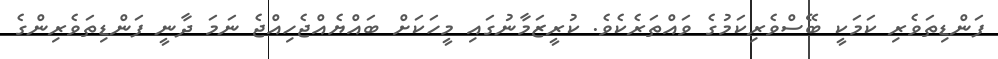
ފަންޑިތަވެރި ކަމަކީ ބޭސްވެރިކަމުގެ ވައްތަރެކެވެ. ކުރީޒަމާނުގައި މީހަކަށް ބައްޔެއްޖެހިއްޖެ ނަމަ ދާނީ ފަންޑިތަވެރިންގެ